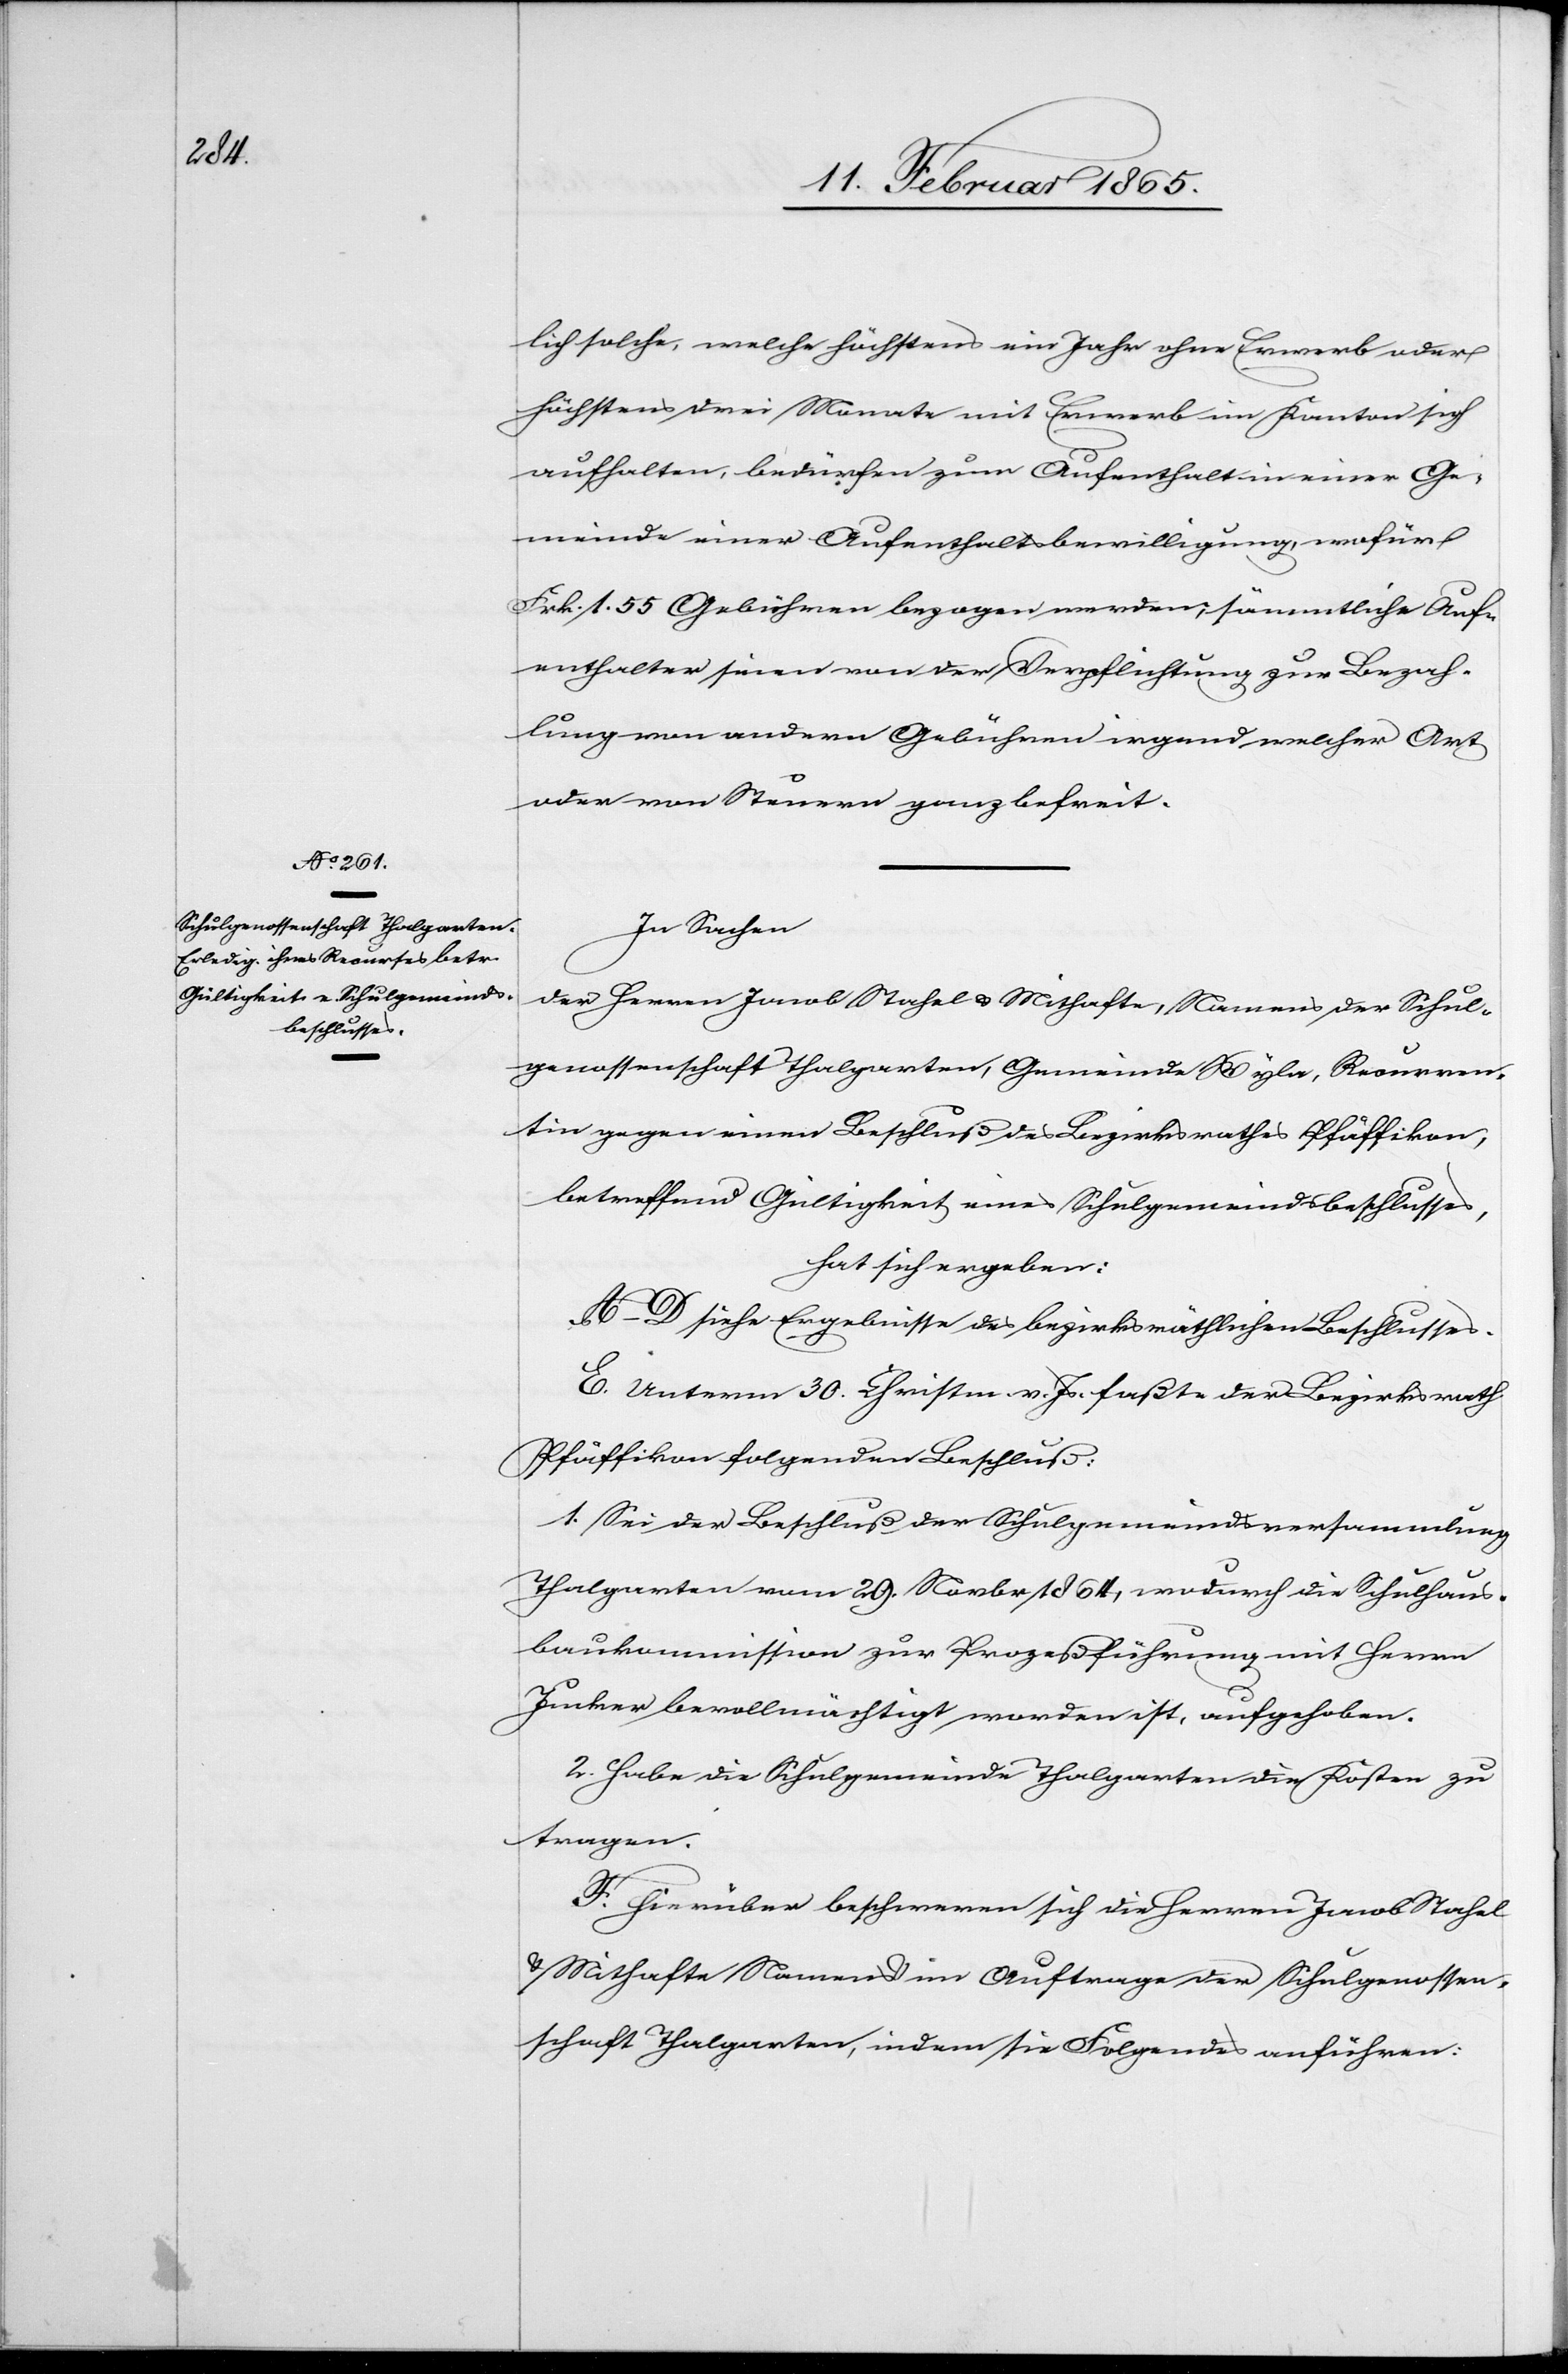
lich solche, welche höchstens ein Jahr ohne Erwerb oder
höchstens drei Monate mit Erwerb im Kanton sich
aufhalten, bedürfen zum Aufenthalt in einer Ge¬
meinde einer Aufenthaltsbewilligung, wofür
Frk. 1. 55 Gebühren bezogen werden; sämmtliche Auf¬
enthalter seien von der Verpflichtung zur Bezah¬
lung von andern Gebühren irgend welcher Art
oder von Steuern ganz befreit.
In Sachen
der Herren Jacob Stahel u. Mithafte, Namens der Schul¬
genossenschaft Thalgarten, Gemeinde Wyla, Recurren¬
tin gegen einen Beschluß des Bezirksrathes Pfäffikon,
betreffend Gültigkeit eines Schulgemeindsbeschlusses,
hat sich ergeben:
A–D siehe Ergebnisse des bezirksräthlichen Beschlusses.
E. Unterm 30. Christm. v. Js. faßte der Bezirksrath
Pfäffikon folgenden Beschluß:
1. Sei der Beschluß der Schulgemeindsversammlung
Thalgarten vom 29. Novbr 1864, wodurch die Schulhaus¬
baukommission zur Prozeßführung mit Herrn
Junker bevollmächtigt worden ist, aufgehoben.
2. Habe die Schulgemeinde Thalgarten die Kosten zu
tragen.
F. Hierüber beschweren sich die Herren Jacob Stahel
u. Mithafte Namens im Auftrage der Schulgenossen¬
schaft Thalgarten, indem sie Folgendes anführen: